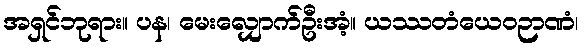
အရှင်ဘုရား။ ပန၊ မေးလျှောက်ဦးအံ့။ ယဿတံယေဝဉာဏံ၊